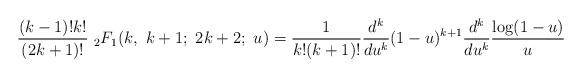
LaTeX: \begin{align*}\frac{(k-1)!k!}{(2k+1)!} { \ }_2 F_1 (k, \ k+1; \ 2k+2; \ u) =\frac{1}{k! (k+1)! } \frac{d^k}{du^k}(1-u)^{k+1}\frac{d^k}{du^k} \frac{\log (1 -u)}{u} \end{align*}